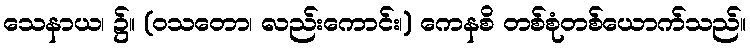
သေနာယ၊ ၌။ (ဝသတော၊ လည်းကောင်း၊) ကေနစိ တစ်စုံတစ်ယောက်သည်။